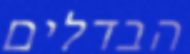
הבדלים